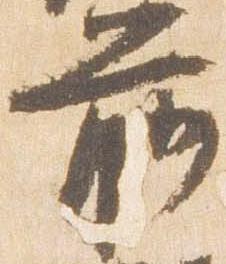
前